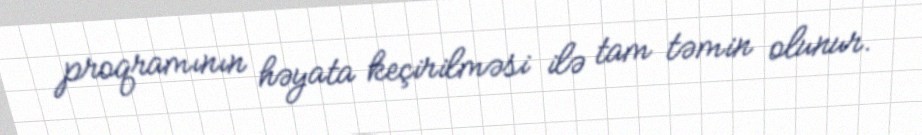
proqramının həyata keçirilməsi ilə tam təmin olunur.